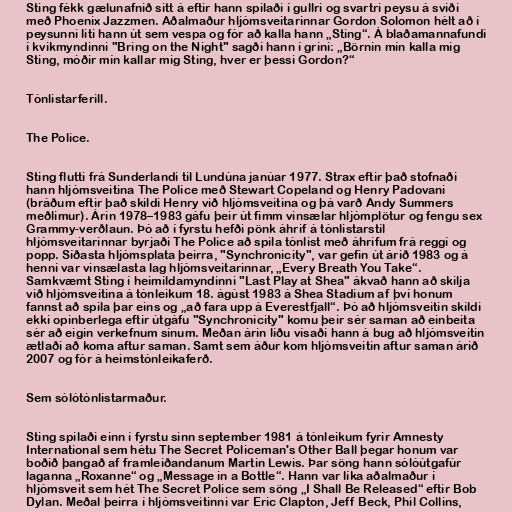
Sting fékk gælunafnið sitt á eftir hann spilaði í gullri og svartri peysu á sviði
með Phoenix Jazzmen. Aðalmaður hljómsveitarinnar Gordon Solomon hélt að í
peysunni liti hann út sem vespa og fór að kalla hann „Sting“. Á blaðamannafundi
í kvikmyndinni "Bring on the Night" sagði hann í grini: „Börnin mín kalla mig
Sting, móðir mín kallar mig Sting, hver er þessi Gordon?“

Tónlistarferill.

The Police.

Sting flutti frá Sunderlandi til Lundúna janúar 1977. Strax eftir það stofnaði
hann hljómsveitina The Police með Stewart Copeland og Henry Padovani
(bráðum eftir það skildi Henry við hljómsveitina og þá varð Andy Summers
meðlimur). Árin 1978–1983 gáfu þeir út fimm vinsælar hljómplötur og fengu sex
Grammy-verðlaun. Þó að í fyrstu hefði pönk áhrif á tónlistarstíl
hljómsveitarinnar byrjaði The Police að spila tónlist með áhrifum frá reggí og
popp. Síðasta hljómsplata þeirra, "Synchronicity", var gefin út árið 1983 og á
henni var vinsælasta lag hljómsveitarinnar, „Every Breath You Take“.
Samkvæmt Sting í heimildamyndinni "Last Play at Shea" ákvað hann að skilja
við hljómsveitina á tónleikum 18. ágúst 1983 á Shea Stadium af því honum
fannst að spila þar eins og „að fara upp á Everestfjall“. Þó að hljómsveitin skildi
ekki opinberlega eftir útgáfu "Synchronicity" komu þeir sér saman að einbeita
sér að eigin verkefnum sínum. Meðan árin liðu vísaði hann á bug að hljómsveitin
ætlaði að koma aftur saman. Samt sem áður kom hljómsveitin aftur saman árið
2007 og fór á heimstónleikaferð.

Sem sólótónlistarmaður.

Sting spilaði einn í fyrstu sinn september 1981 á tónleikum fyrir Amnesty
International sem hétu The Secret Policeman's Other Ball þegar honum var
boðið þangað af framleiðandanum Martin Lewis. Þar söng hann sólóútgafúr
laganna „Roxanne“ og „Message in a Bottle“. Hann var líka aðalmaður í
hljómsveit sem hét The Secret Police sem söng „I Shall Be Released“ eftir Bob
Dylan. Meðal þeirra í hljómsveitinni var Eric Clapton, Jeff Beck, Phil Collins,